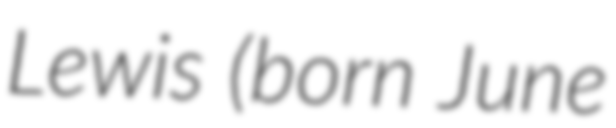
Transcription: Lewis (born June